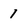
Character: 1